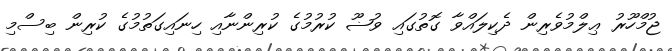
ޖުމްހޫރު ޢިލްމުވެރިން ދެކިލައްވާ ގޮތުގައި ވުޟޫ ކުރުމުގެ ކުރިންނާއި ހިނައިގަތުމުގެ ކުރިން ބިސްމި